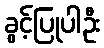
ခွင့်ပြုပါဦး